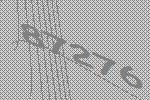
87276